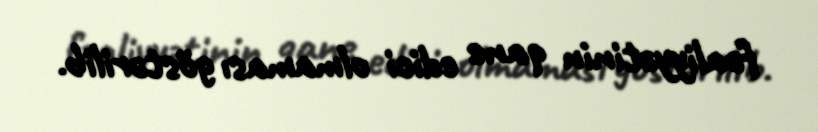
fəaliyyətinin qane edici olmaması göstərilib.